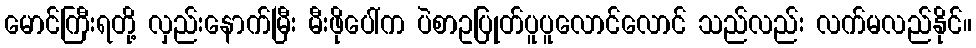
မောင်ကြီးရတို့ လှည်းနောက်မြီး မီးဖိုပေါ်က ပဲစာဥပြုတ်ပူပူလောင်လောင် သည်လည်း လက်မလည်နိုင်။